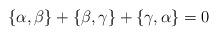
LaTeX: \begin{align*} \lbrace \alpha, \beta\rbrace+ \lbrace \beta, \gamma\rbrace+\lbrace \gamma, \alpha\rbrace=0 \end{align*}